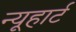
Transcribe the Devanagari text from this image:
न्यूहार्ट